Annual report of the Civil Veterinary Department, Bengal, for the year 1895-96 - 1895-1896
Year: 1895
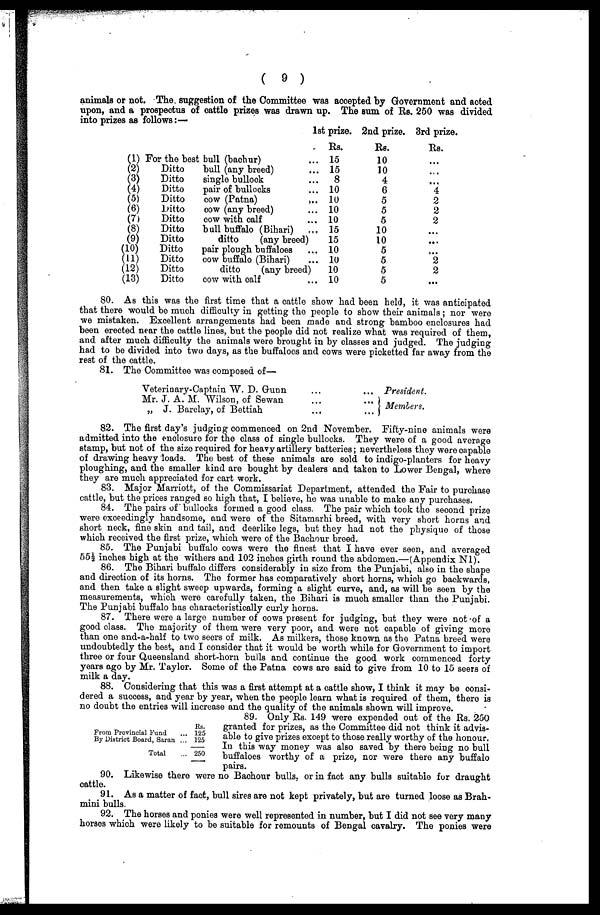
(9)
animals or not. The suggestion of the Committee was accepted by Government and acted
upon, and a prospectus of cattle prizes was drawn up. The sum of Rs. 250 was divided
into prizes as follows:—
(1)
(2)
(3)
(4)
(5)
(6)
(7)
(8)
(9)
(10)
(11)
(12)
(13)
For the best
Ditto
Ditto
Ditto
Ditto
Ditto
Ditto
Ditto
Ditto
Ditto
Ditto
Ditto
Ditto
1st prize.
Rs.
it bull (bachur)
... 15
bull (any breed)
... 15
single
bullock
...
8
pair of bullocks
... 10
cow (Patna)
...
10
cow (any breed)
... 10
cow with calf
... 10
bull buffalo (Bihari)
... 15
ditto
(any breed)
15
pair plough buffaloes
... 10
cow buffalo (Bihari)
... 10
ditto
(any breed)
10
cow with
calf
... 10
2nd prize.
Rs.
10
10
4
6
5
5
5
10
10
5
5
5
5
3rd prize.
Rs.
...
...
...
4
2
2
2
...
...
...
2
2
...
80. As this was the first time that a cattle show had been held, it was anticipated
that there would be much difficulty in getting the people to show their animals; nor were
we mistaken. Excellent arrangements had been made and strong bamboo enclosures had
been erected near the cattle lines, but the people did not realize what was required of them,
and after much difficulty the animals were brought in by classes and judged. The judging
had to be divided into two days, as the buffaloes and cows were picketted far away from the
rest of the cattle.
81. The Committee was composed of—
Veterinary-Captain W. D. Gunn ...
Mr. J. A.M. Wilson, of Sewan ...
„ J. Barclay, of Bettiah ...
...
...
...
President.
Members.
82. The first day's judging commenced on 2nd November. Fifty-nine animals were
admitted into the enclosure for the class of single bullocks. They were of a good average
stamp, but not of the size required for heavy artillery batteries; nevertheless they were capable
of drawing heavy loads. The best of these animals are sold to indigo-planters for heavy
ploughing, and the smaller kind are bought by dealers and taken to Lower Bengal, where
they are much appreciated for cart work.
83. Major Marriott, of the Commissariat Department, attended the Fair to purchase
cattle, but the prices ranged so high that, I believe, he was unable to make any purchases.
84. The pairs of bullocks formed a good class. The pair which took the second prize
were exceedingly handsome, and were of the Sitamarhi breed, with very short horns and
short neck, fine skin and tail, and deerlike legs, but they had not the physique of those
which received the first prize, which were of the Bachour breed.
85. The Punjabi buffalo cows were the finest that I have ever seen, and averaged
551/2 inches high at the withers and 102 inches girth round the abdomen.—(Appendix Nl).
86. The Bihari buffalo differs considerably in size from the Punjabi, also in the shape
and direction of its horns. The former has comparatively short horns, which go backwards,
and then take a slight sweep upwards, forming a slight curve, and, as will be seen by the
measurements, which were carefully taken, the Bihari is much smaller than the Punjabi.
The Punjabi buffalo has characteristically curly horns.
87. There were a large number of cows present for judging, but they were not of a
good class. The majority of them were very poor, and were not capable of giving more
than one and-a-half to two seers of milk. As milkers, those known as the Patna breed were
undoubtedly the best, and I consider that it would be worth while for Government to import
three or four Queensland short-horn bulls and continue the good work commenced forty
years ago by Mr. Taylor. Some of the Patna cows are said to give from 10 to 15 seers of
milk a day.
88. Considering that this was a first attempt at a cattle show, I think it may be consi-
dered a success, and year by year, when the people learn what is required of them, there is
no doubt the entries will increase and the quality of the animals shown will improve.
From Provincial Fund
By District Board, Saran
Total
Rs,
125
125
250
89. Only Rs. 149 were expended out of the Rs. 250
granted for prizes, as the Committee did not think it advis-
able to give prizes except to those really worthy of the honour.
In this way money was also saved by there being no bull
buffaloes worthy of a prize, nor were there any buffalo
pairs.
90. Likewise there were no Bachour bulls, or in fact any bulls suitable for draught
cattle.
91. As a matter of fact, bull sires are not kept privately, but are turned loose as Brah-
mini bulls.
92. The horses and ponies were well represented in number, but I did not see very many
horses which were likely to be suitable for remounts of Bengal cavalry. The ponies were